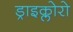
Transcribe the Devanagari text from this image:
ड्राइक्लोरो